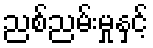
ညစ်ညမ်းမှုနှင့်